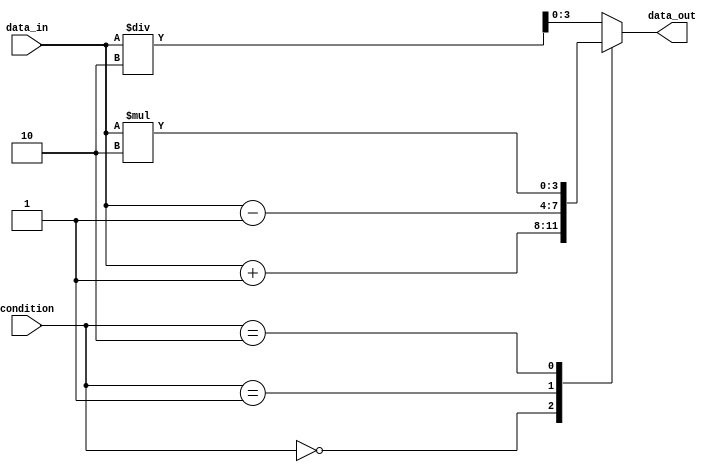
module priority_case_example(
    input [1:0] condition,
    input [3:0] data_in,
    output reg [3:0] data_out
);

always @*
begin
    case (condition)
        2'b00: data_out = data_in + 1; // Highest priority
        2'b01: data_out = data_in - 1;
        2'b10: data_out = data_in * 2;
        default: data_out = data_in / 2; // Lowest priority
    endcase
end

endmodule